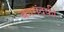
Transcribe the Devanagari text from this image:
कामंदकी